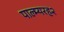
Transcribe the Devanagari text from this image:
पाल्म्यरह२